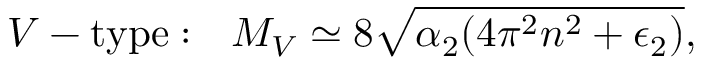
V - \mathrm { t y p e } : \ \ M _ { V } \simeq 8 \sqrt { \alpha _ { 2 } ( 4 \pi ^ { 2 } n ^ { 2 } + \epsilon _ { 2 } ) } ,